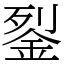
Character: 銐